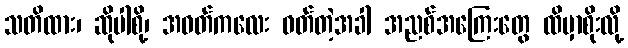
သတိထား၊ ဆိုပါစို့၊ အဝတ်ကလေး ဝတ်တဲ့အခါ အညစ်အကြေးတွေ ထိမှာစိုးလို့